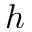
h